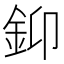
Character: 䤝